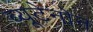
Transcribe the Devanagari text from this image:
ब्यूटेनोन